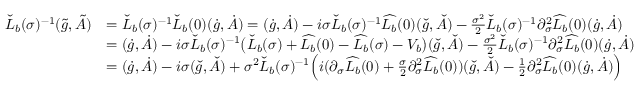
\begin{array} { r l } { \check { L } _ { b } ( \sigma ) ^ { - 1 } ( \tilde { g } , \tilde { A } ) } & { = \check { L } _ { b } ( \sigma ) ^ { - 1 } \check { L } _ { b } ( 0 ) ( \dot { g } , \dot { A } ) = ( \dot { g } , \dot { A } ) - i \sigma \check { L } _ { b } ( \sigma ) ^ { - 1 } \widehat { L _ { b } } ( 0 ) ( \check { g } , \check { A } ) - \frac { \sigma ^ { 2 } } { 2 } \check { L } _ { b } ( \sigma ) ^ { - 1 } \partial _ { \sigma } ^ { 2 } \widehat { L _ { b } } ( 0 ) ( \dot { g } , \dot { A } ) } \\ & { = ( \dot { g } , \dot { A } ) - i \sigma \check { L } _ { b } ( \sigma ) ^ { - 1 } \big ( \check { L } _ { b } ( \sigma ) + \widehat { L _ { b } } ( 0 ) - \widehat { L _ { b } } ( \sigma ) - V _ { b } \big ) ( \check { g } , \check { A } ) - \frac { \sigma ^ { 2 } } { 2 } \check { L } _ { b } ( \sigma ) ^ { - 1 } \partial _ { \sigma } ^ { 2 } \widehat { L _ { b } } ( 0 ) ( \dot { g } , \dot { A } ) } \\ & { = ( \dot { g } , \dot { A } ) - i \sigma ( \check { g } , \check { A } ) + \sigma ^ { 2 } \check { L } _ { b } ( \sigma ) ^ { - 1 } \Big ( i ( \partial _ { \sigma } \widehat { L _ { b } } ( 0 ) + \frac { \sigma } { 2 } \partial _ { \sigma } ^ { 2 } \widehat { L _ { b } } ( 0 ) ) ( \check { g } , \check { A } ) - \frac { 1 } { 2 } \partial _ { \sigma } ^ { 2 } \widehat { L _ { b } } ( 0 ) ( \dot { g } , \dot { A } ) \Big ) } \end{array}